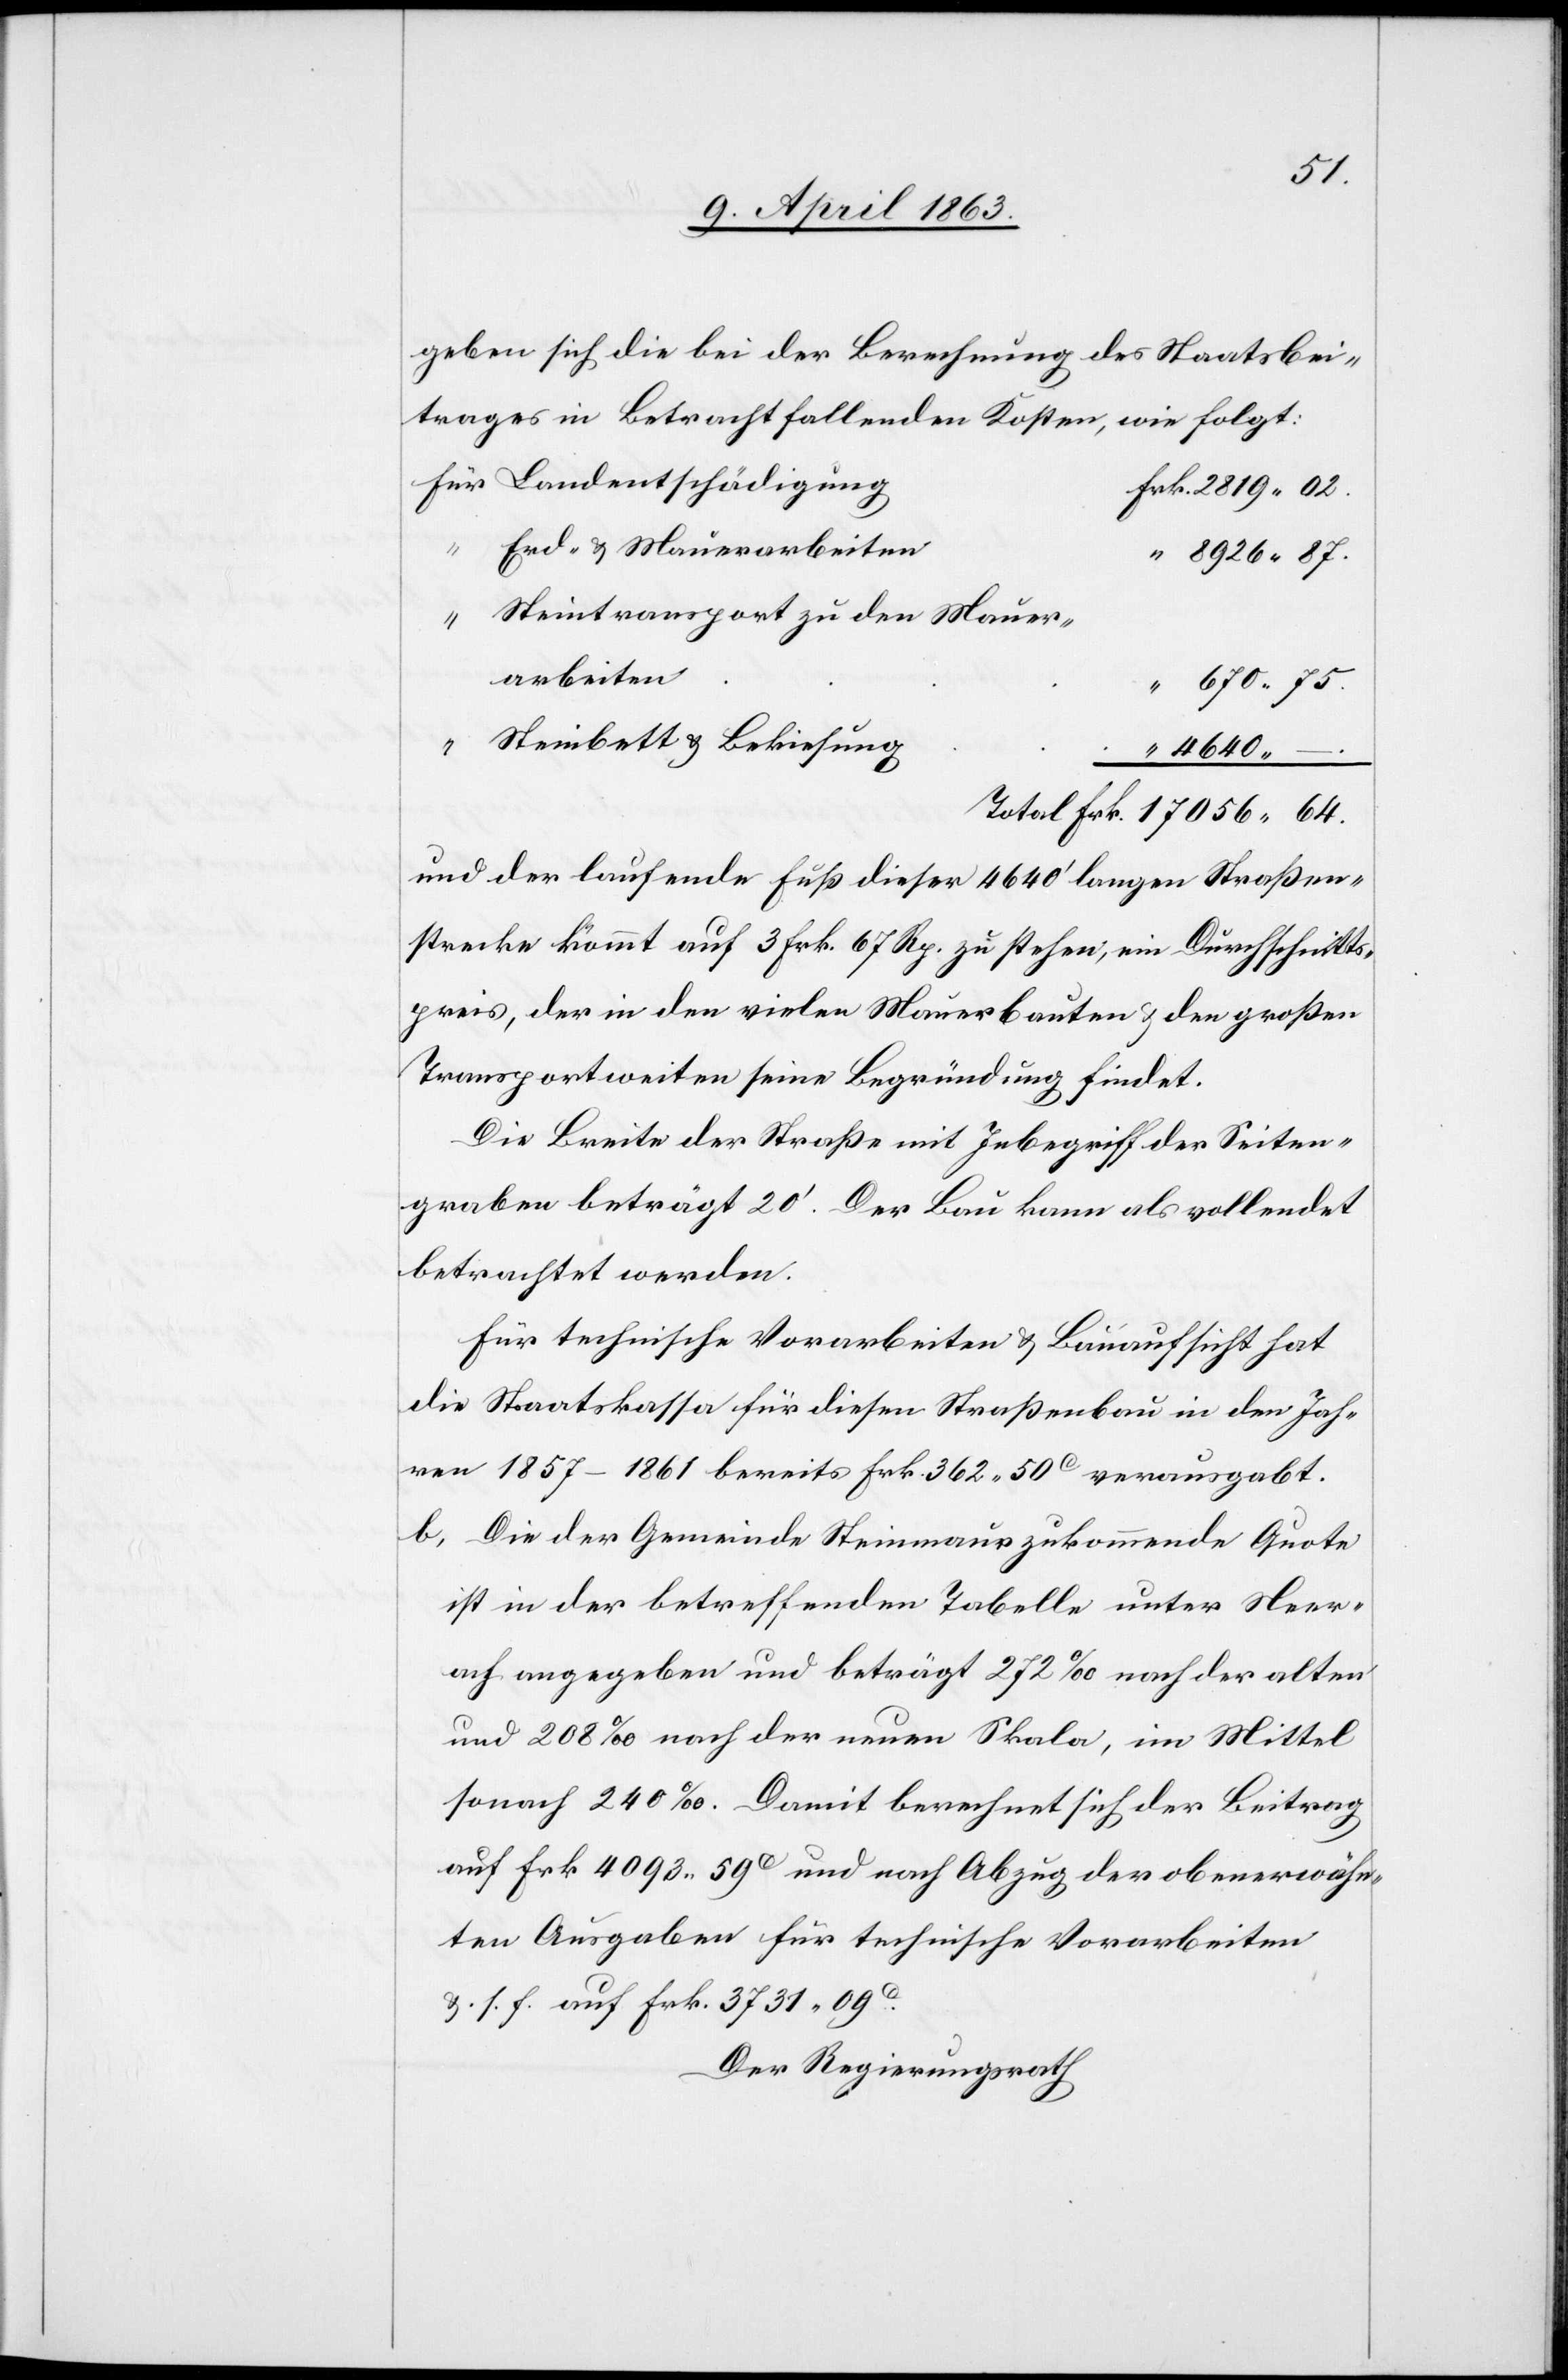
056.
geben sich die bei der Berechnung des Staatsbei¬
trages in Betracht fallenden Kosten, wie folgt:
Landentschädigung
Erd- & Mauerarbeiten
Steintransport zu den Mauer¬
arbeiten
Steinbett & Bekiesung
“
4640.
und der laufende Fuß dieser 4640' langen Straßen¬
strecke kommt auf 3 Frk. 67 Rp. zu stehen, ein Durchschnitts¬
preis, der in den vielen Mauerbauten & den großen
Transportweiten seine Begründung findet.
Die Breite der Straße mit Inbegriff der Seiten¬
graben beträgt 20'. Der Bau kann als vollendet
betrachtet werden.
Für technische Vorarbeiten & Bauaufsicht hat
die Staatskassa für diesen Straßenbau in den Jah¬
ren 1857–1861 bereits Frk. 362. 50c verausgabt.
b) Die der Gemeinde Steinmaur zukommende Quote
ist in der betreffenden Tabelle unter Neer¬
ach angegeben und beträgt 272‰ nach der alten
und 208‰ nach der neuen Skala, im Mittel
sonach 240‰. Damit berechnet sich der Beitrag
auf Frk. 4093. 59c und nach Abzug der obenerwähn¬
ten Ausgaben für technische Vorarbeiten
&. s. f. auf Frk. 3731. 09c.
Der Regierungsrath